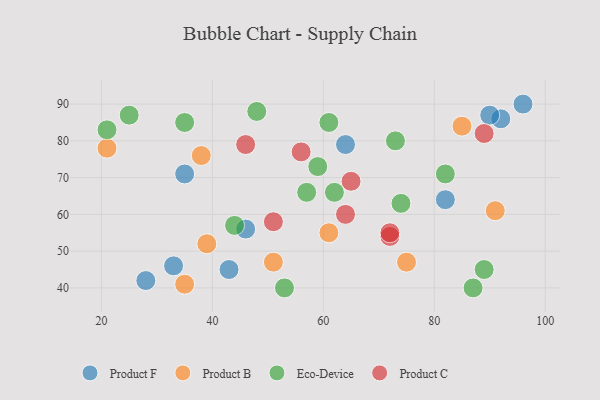
{"axis": {"x": "GDP", "y": "Life Expectancy"}, "legend": ["Eco-Device", "Product B", "Product C", "Product F"], "data": [{"x": "92", "y": 86, "type": "Product F"}, {"x": "33", "y": 46, "type": "Product F"}, {"x": "64", "y": 79, "type": "Product F"}, {"x": "90", "y": 87, "type": "Product F"}, {"x": "82", "y": 64, "type": "Product F"}, {"x": "46", "y": 56, "type": "Product F"}, {"x": "35", "y": 71, "type": "Product F"}, {"x": "28", "y": 42, "type": "Product F"}, {"x": "96", "y": 90, "type": "Product F"}, {"x": "43", "y": 45, "type": "Product F"}, {"x": "75", "y": 47, "type": "Product B"}, {"x": "51", "y": 47, "type": "Product B"}, {"x": "39", "y": 52, "type": "Product B"}, {"x": "61", "y": 55, "type": "Product B"}, {"x": "91", "y": 61, "type": "Product B"}, {"x": "38", "y": 76, "type": "Product B"}, {"x": "35", "y": 41, "type": "Product B"}, {"x": "21", "y": 78, "type": "Product B"}, {"x": "85", "y": 84, "type": "Product B"}, {"x": "82", "y": 71, "type": "Eco-Device"}, {"x": "73", "y": 80, "type": "Eco-Device"}, {"x": "44", "y": 57, "type": "Eco-Device"}, {"x": "53", "y": 40, "type": "Eco-Device"}, {"x": "59", "y": 73, "type": "Eco-Device"}, {"x": "48", "y": 88, "type": "Eco-Device"}, {"x": "21", "y": 83, "type": "Eco-Device"}, {"x": "25", "y": 87, "type": "Eco-Device"}, {"x": "61", "y": 85, "type": "Eco-Device"}, {"x": "62", "y": 66, "type": "Eco-Device"}, {"x": "89", "y": 45, "type": "Eco-Device"}, {"x": "35", "y": 85, "type": "Eco-Device"}, {"x": "87", "y": 40, "type": "Eco-Device"}, {"x": "57", "y": 66, "type": "Eco-Device"}, {"x": "74", "y": 63, "type": "Eco-Device"}, {"x": "72", "y": 54, "type": "Product C"}, {"x": "65", "y": 69, "type": "Product C"}, {"x": "56", "y": 77, "type": "Product C"}, {"x": "72", "y": 55, "type": "Product C"}, {"x": "64", "y": 60, "type": "Product C"}, {"x": "51", "y": 58, "type": "Product C"}, {"x": "89", "y": 82, "type": "Product C"}, {"x": "46", "y": 79, "type": "Product C"}]}